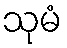
သုမံ